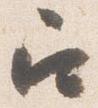
召